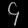
Digit: ၄